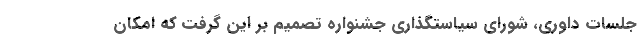
جلسات داوری، شورای سیاستگذاری جشنواره تصمیم بر این گرفت که امکان